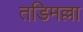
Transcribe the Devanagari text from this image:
तडिमल्ला